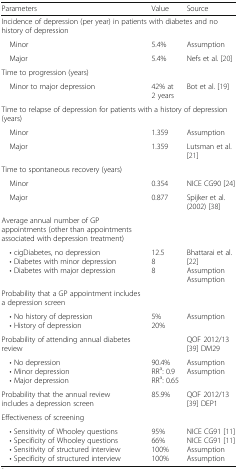
<table><thead><tr><td><b>Parameters</b></td><td><b>Value</b></td><td><b>Source</b></td></tr></thead><tbody><tr><td colspan="3">Incidence of depression (per year) in patients with diabetes and no history of depression</td></tr><tr><td> Minor</td><td>5.4%</td><td>Assumption</td></tr><tr><td> Major</td><td>5.4%</td><td>Nefs et al. [20]</td></tr><tr><td colspan="3">Time to progression (years)</td></tr><tr><td> Minor to major depression</td><td>42% at 2 years</td><td>Bot et al. [19]</td></tr><tr><td colspan="3">Time to relapse of depression for patients with a history of depression (years)</td></tr><tr><td> Minor</td><td>1.359</td><td>Assumption</td></tr><tr><td> Major</td><td>1.359</td><td>Lutsman et al. [21]</td></tr><tr><td colspan="3">Time to spontaneous recovery (years)</td></tr><tr><td> Minor</td><td>0.354</td><td>NICE CG90 [24]</td></tr><tr><td> Major</td><td>0.877</td><td>Spijker et al. (2002) [38]</td></tr><tr><td>Average annual number of GP appointments (other than appointments associated with depression treatment)</td><td></td><td></td></tr><tr><td> • cigDiabetes, no depression • Diabetes with minor depression • Diabetes with major depression</td><td>12.588</td><td>Bhattarai et al. [22]AssumptionAssumption</td></tr><tr><td>Probability that a GP appointment includes a depression screen</td><td></td><td></td></tr><tr><td> • No history of depression • History of depression</td><td>5%20%</td><td>Assumption</td></tr><tr><td>Probability of attending annual diabetes review</td><td></td><td>QOF 2012/13 [39] DM29</td></tr><tr><td> • No depression • Minor depression • Major depression</td><td>90.4%RR<sup>a</sup>: 0.9RR<sup>a</sup>: 0.65</td><td>AssumptionAssumption</td></tr><tr><td>Probability that the annual review includes a depression screen</td><td>85.9%</td><td>QOF 2012/13 [39] DEP1</td></tr><tr><td>Effectiveness of screening</td><td></td><td></td></tr><tr><td> • Sensitivity of Whooley questions • Specificity of Whooley questions • Sensitivity of structured interview • Specificity of structured interview</td><td>95%66%100%100%</td><td>NICE CG91 [11]NICE CG91 [11]AssumptionAssumption</td></tr></tbody></table>